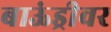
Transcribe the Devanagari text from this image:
बाऊंड्रीवर